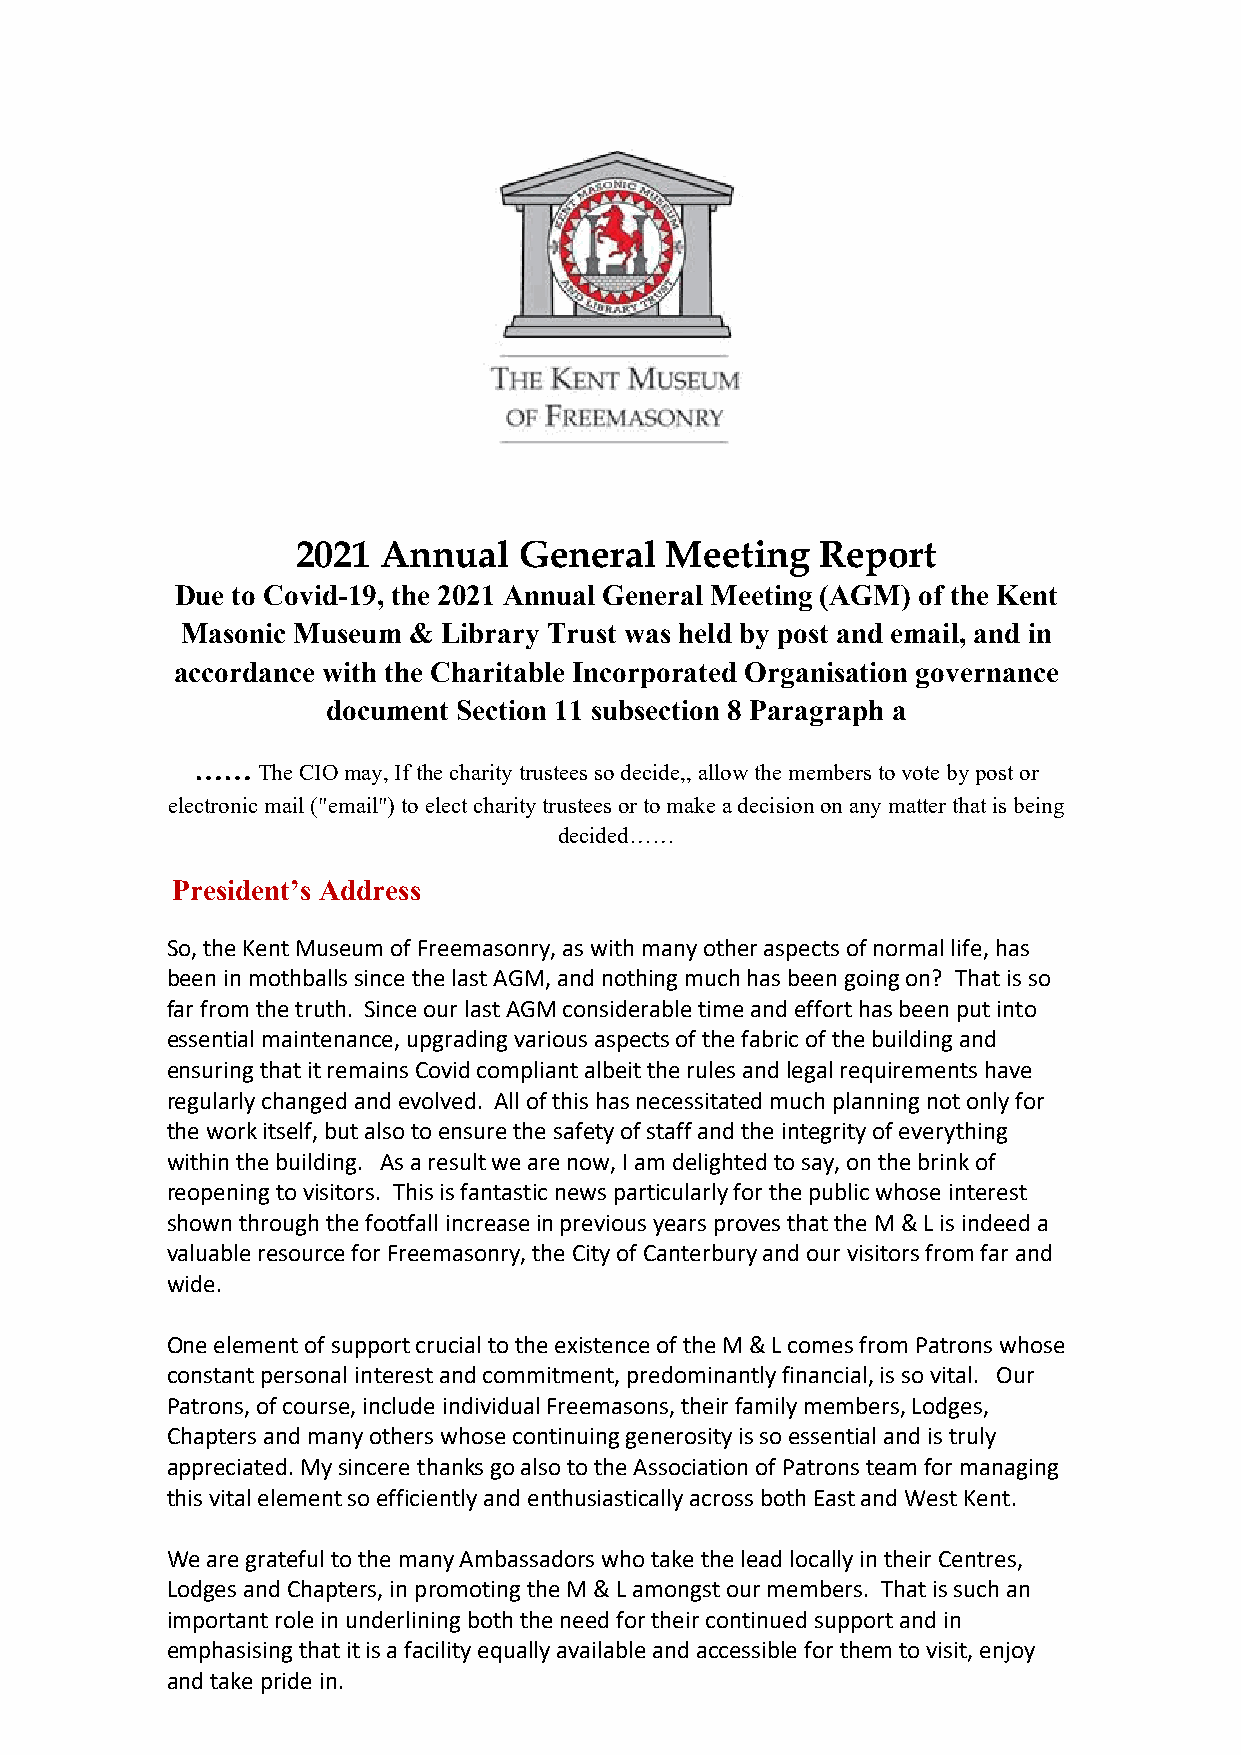
2021 Annual   General   Meeting   Report
 Due to Covid-19, the 2021 Annual General Meeting (AGM) of the Kent
 Masonic Museum & Library Trust was held by post and email, and in
 accordance with the Charitable Incorporated Organisation governance
 document Section 11 subsection 8 Paragraph a
 ……  The CIO may, If the charity trustees so decide,, allow the members to vote by post or
 electronic mail ("email") to elect charity trustees or to make a decision on any matter that is being
 decided……
 President’s Address
 So, the Kent Museum of Freemasonry, as with many other aspects of normal life, has
 been in mothballs since the last AGM, and nothing much has been going on? That is so
 far from the truth. Since our last AGM considerable time and effort has been put into
 essential maintenance, upgrading various aspects of the fabric of the building and
 ensuring that it remains Covid compliant albeit the rules and legal requirements have
 regularly changed and evolved. All of this has necessitated much planning not only for
 the work itself, but also to ensure the safety of staff and the integrity of everything
 within the building. As a result we are now, I am delighted to say, on the brink of
 reopening to visitors. This is fantastic news particularly for the public whose interest
 shown through the footfall increase in previous years proves that the M & L is indeed a
 valuable resource for Freemasonry, the City of Canterbury and our visitors from far and
 wide.
 One element of support crucial to the existence of the M & L comes from Patrons whose
 constant personal interest and commitment, predominantly financial, is so vital. Our
 Patrons, of course, include individual Freemasons, their family members, Lodges,
 Chapters and many others whose continuing generosity is so essential and is truly
 appreciated. My sincere thanks go also to the Association of Patrons team for managing
 this vital element so efficiently and enthusiastically across both East and West Kent.
 We are grateful to the many Ambassadors who take the lead locally in their Centres,
 Lodges and Chapters, in promoting the M & L amongst our members. That is such an
 important role in underlining both the need for their continued support and in
 emphasising that it is a facility equally available and accessible for them to visit, enjoy
 and take pride in.